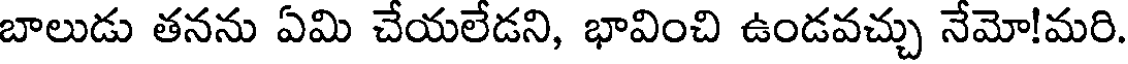
బాలుడు తనను ఏమి చేయలేడని, భావించి ఉండవచ్చు నేమో!మరి